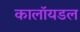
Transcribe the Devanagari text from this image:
कालॉयडल